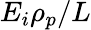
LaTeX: E_{i}\rho_{p}/L